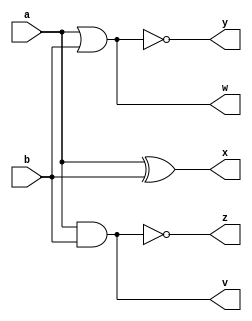
`timescale 1ns / 1ps
//////////////////////////////////////////////////////////////////////////////////
// Company: 
// Engineer: 
// 
// Design Name: 
// Module Name: logic_gate
// Project Name: 
// Target Devices: 
// Tool Versions: 
// Description: 
// 
// Dependencies: 
// 
// Revision:
// Revision 0.01 - File Created
// Additional Comments:
// 
//////////////////////////////////////////////////////////////////////////////////


module logic_gate(a,b,v,w,x,y,z);

input a,b;
output v,w,x,y,z;

wire v,w,x,y,z;

//and gate
assign v = a&b;
//or gate
assign w = a|b;
//xor gate
assign x = a^b;
//nor gate
assign y= ~(a|b);
//nand gate
assign z= ~(a&b);

endmodule